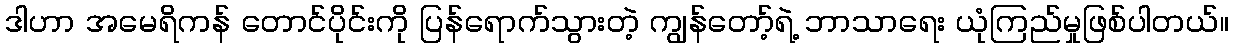
ဒါဟာ အမေရိကန် တောင်ပိုင်းကို ပြန်ရောက်သွားတဲ့ ကျွန်တော့်ရဲ့ ဘာသာရေး ယုံကြည်မှုဖြစ်ပါတယ်။